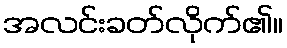
အလင်းခတ်လိုက်၏။